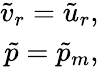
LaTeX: \begin{array}{r}{\tilde{v}_{r}=\tilde{u}_{r},}\\ {\tilde{p}=\tilde{p}_{m},}\end{array}